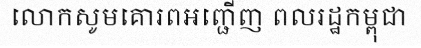
លោកសូមគោរពអញ្ជើញ ពលរដ្ឋកម្ពុជា